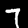
Label: 7